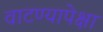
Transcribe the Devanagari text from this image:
वाटण्यापेक्षा